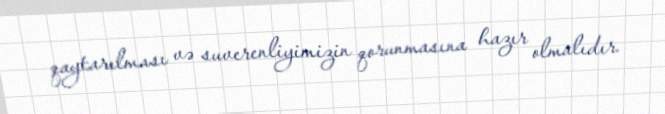
qaytarılması və suverenliyimizin qorunmasına hazır olmalıdır.